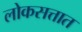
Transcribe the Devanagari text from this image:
लोकसत्तात